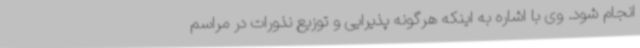
انجام شود. وی با اشاره به اینکه هرگونه پذیرایی و توزیع نذورات در مراسم